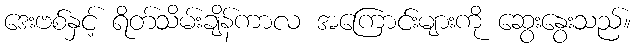
ဒေးဗစ်နှင့် ရိတ်သိမ်းချိန်ကာလ အကြောင်းများကို ဆွေးနွေးသည်။